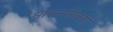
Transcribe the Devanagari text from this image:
श्वासनलिकाएँ